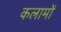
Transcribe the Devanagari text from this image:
कलामों